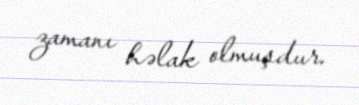
zamanı həlak olmuşdur.